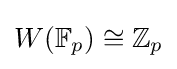
W(\mathbb {F} _{p})\cong \mathbb {Z} _{p}